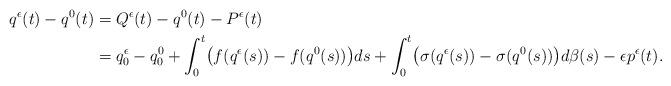
LaTeX: \begin{align*}q^\epsilon(t)-q^0(t)&=Q^\epsilon(t)-q^0(t)-P^\epsilon(t)\\&=q_0^\epsilon-q_0^0+\int_0^t \bigl(f(q^\epsilon(s))-f(q^0(s))\bigr)ds+\int_0^t \bigl(\sigma(q^\epsilon(s))-\sigma(q^0(s))\bigr)d\beta(s)-\epsilon p^\epsilon(t).\end{align*}